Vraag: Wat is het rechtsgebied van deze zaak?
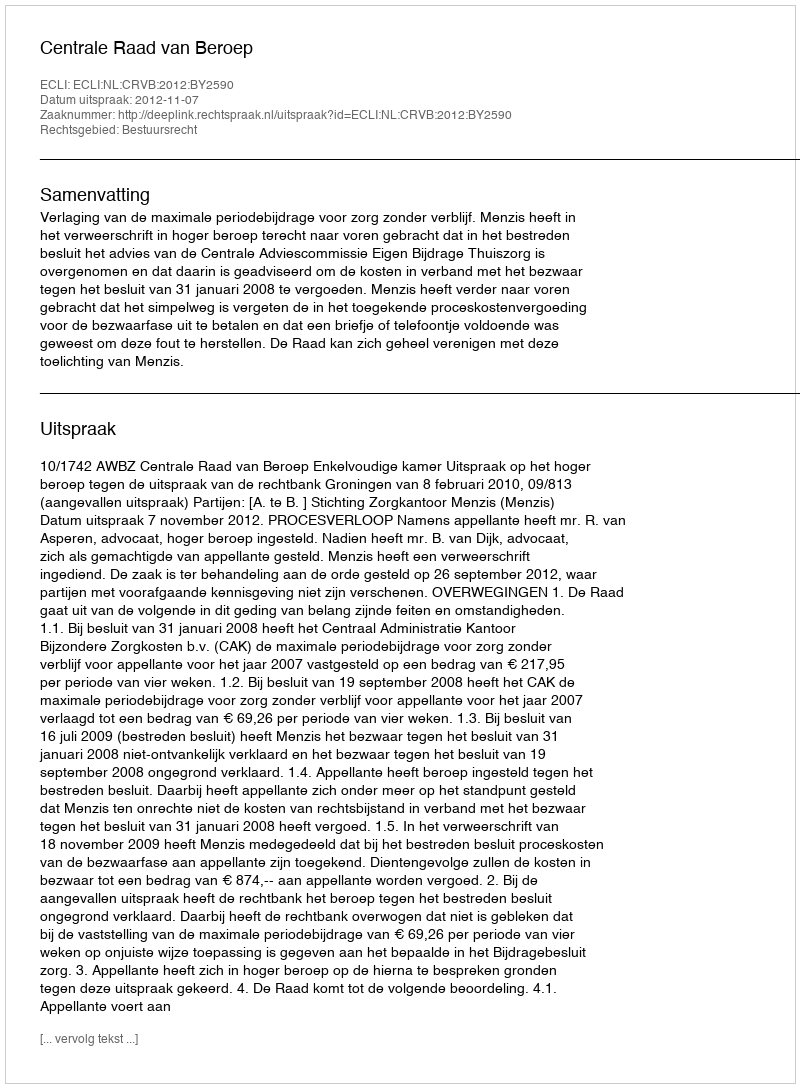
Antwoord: Bestuursrecht